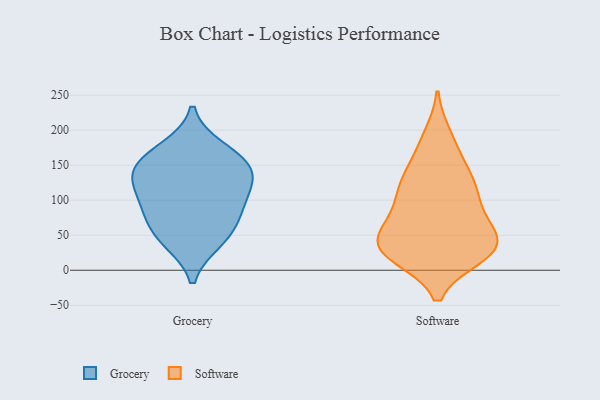
{"axis": {"x": "LTV (USD)", "y": "Value"}, "legend": ["Grocery", "Software"], "data": [{"x": "", "y": 158, "type": "Grocery"}, {"x": "", "y": 75, "type": "Grocery"}, {"x": "", "y": 104, "type": "Grocery"}, {"x": "", "y": 93, "type": "Grocery"}, {"x": "", "y": 173, "type": "Grocery"}, {"x": "", "y": 145, "type": "Grocery"}, {"x": "", "y": 137, "type": "Grocery"}, {"x": "", "y": 42, "type": "Grocery"}, {"x": "", "y": 129, "type": "Grocery"}, {"x": "", "y": 50, "type": "Grocery"}, {"x": "", "y": 26, "type": "Software"}, {"x": "", "y": 37, "type": "Software"}, {"x": "", "y": 21, "type": "Software"}, {"x": "", "y": 178, "type": "Software"}, {"x": "", "y": 114, "type": "Software"}, {"x": "", "y": 95, "type": "Software"}, {"x": "", "y": 24, "type": "Software"}, {"x": "", "y": 31, "type": "Software"}, {"x": "", "y": 62, "type": "Software"}, {"x": "", "y": 136, "type": "Software"}, {"x": "", "y": 191, "type": "Software"}, {"x": "", "y": 103, "type": "Software"}, {"x": "", "y": 31, "type": "Software"}, {"x": "", "y": 61, "type": "Software"}, {"x": "", "y": 74, "type": "Software"}, {"x": "", "y": 28, "type": "Software"}, {"x": "", "y": 126, "type": "Software"}, {"x": "", "y": 43, "type": "Software"}, {"x": "", "y": 138, "type": "Software"}]}